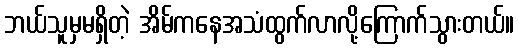
ဘယ်သူမှမရှိတဲ့ အိမ်ကနေအသံထွက်လာလို့ကြောက်သွားတယ်။